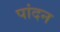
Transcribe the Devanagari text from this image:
पांदन